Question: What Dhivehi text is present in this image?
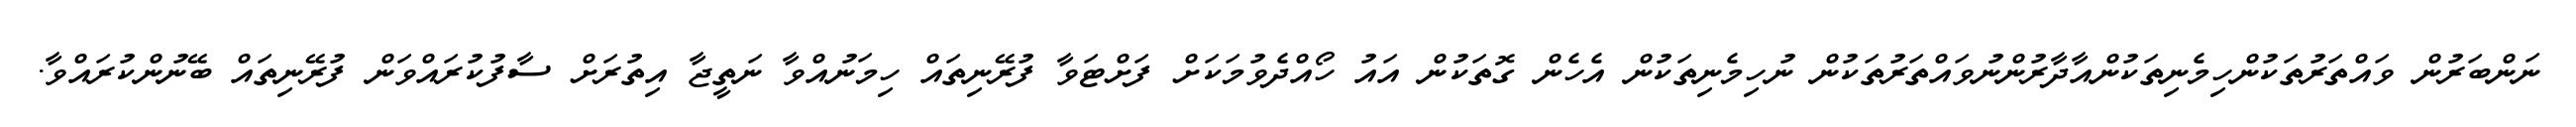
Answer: ނަންބަރުން ވައްތަރުތަކުންހިމެނިތަކުންއާދާރުންނުވައްތަރުތަކުން ނުހިމެނިތަކުން އެހެން ގޮތަކުން އައު ހޯއްދެވުމަކަށް ފަށްޓަވާ ފުރޭނިތައް ހިމަނުއްވާ ނަތީޖާ އިތުރަށް ސާފުކުރައްވަން ފުރޭނިތައް ބޭނުންކުރައްވާ.